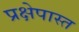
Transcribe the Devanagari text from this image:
प्रक्षेपास्त